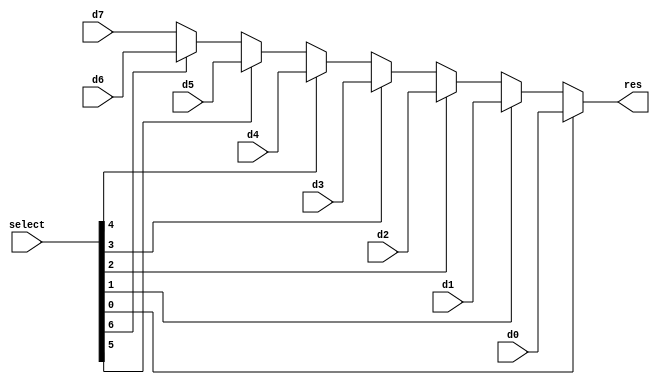
module Mux16t8(input[7:0] select, input[15:0] d0,d1,d2,d3,d4,d5,d6,d7, output[15:0] res);
	assign res = select[0] == 1 ? d0 : select[1] == 1 ? d1 : select[2] == 1 ? d2 : select[3] == 1 ? d3 : select[4] == 1 ? d4 : select[5] == 1? d5 : select[6] == 1 ? d6 : d7;
endmodule